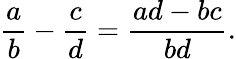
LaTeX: {\frac{a}{b}}-{\frac{c}{d}}={\frac{ad-bc}{bd}}.